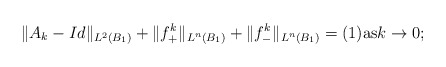
\begin{align*}\|A_k - Id\|_{L^2(B_1)} + \|f_+^k\|_{L^n(B_1)} + \|f_-^k\|_{L^n(B_1)} = (1) \mbox{as} k\rightarrow 0;\end{align*}